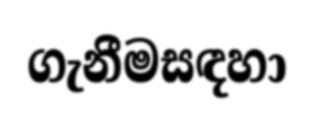
ගැනීමසඳහා